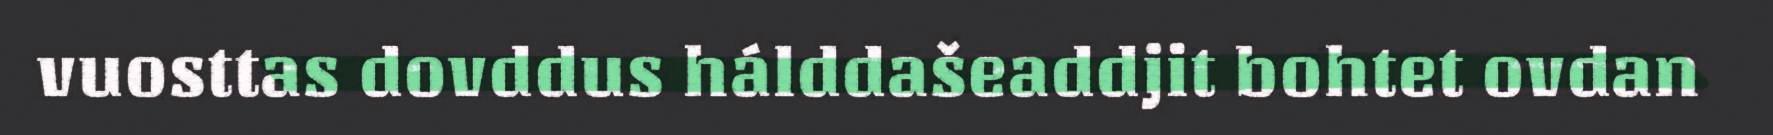
vuosttas dovddus hálddašeaddjit bohtet ovdan